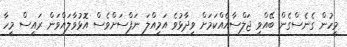
މީހުން ގެނެސްގެން ބޭއްވި ޖަލްސާއެއްކަމަށް ވިދާޅުވެ އަމިއްލަ ނަފްސަށްވެސް އޮޅުވާލައްވަން ރައީސް މީހާ